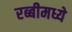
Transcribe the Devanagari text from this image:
रब्बीमध्ये